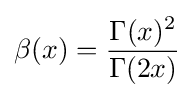
\beta (x)={\frac {\Gamma (x)^{2}}{\Gamma (2x)}}